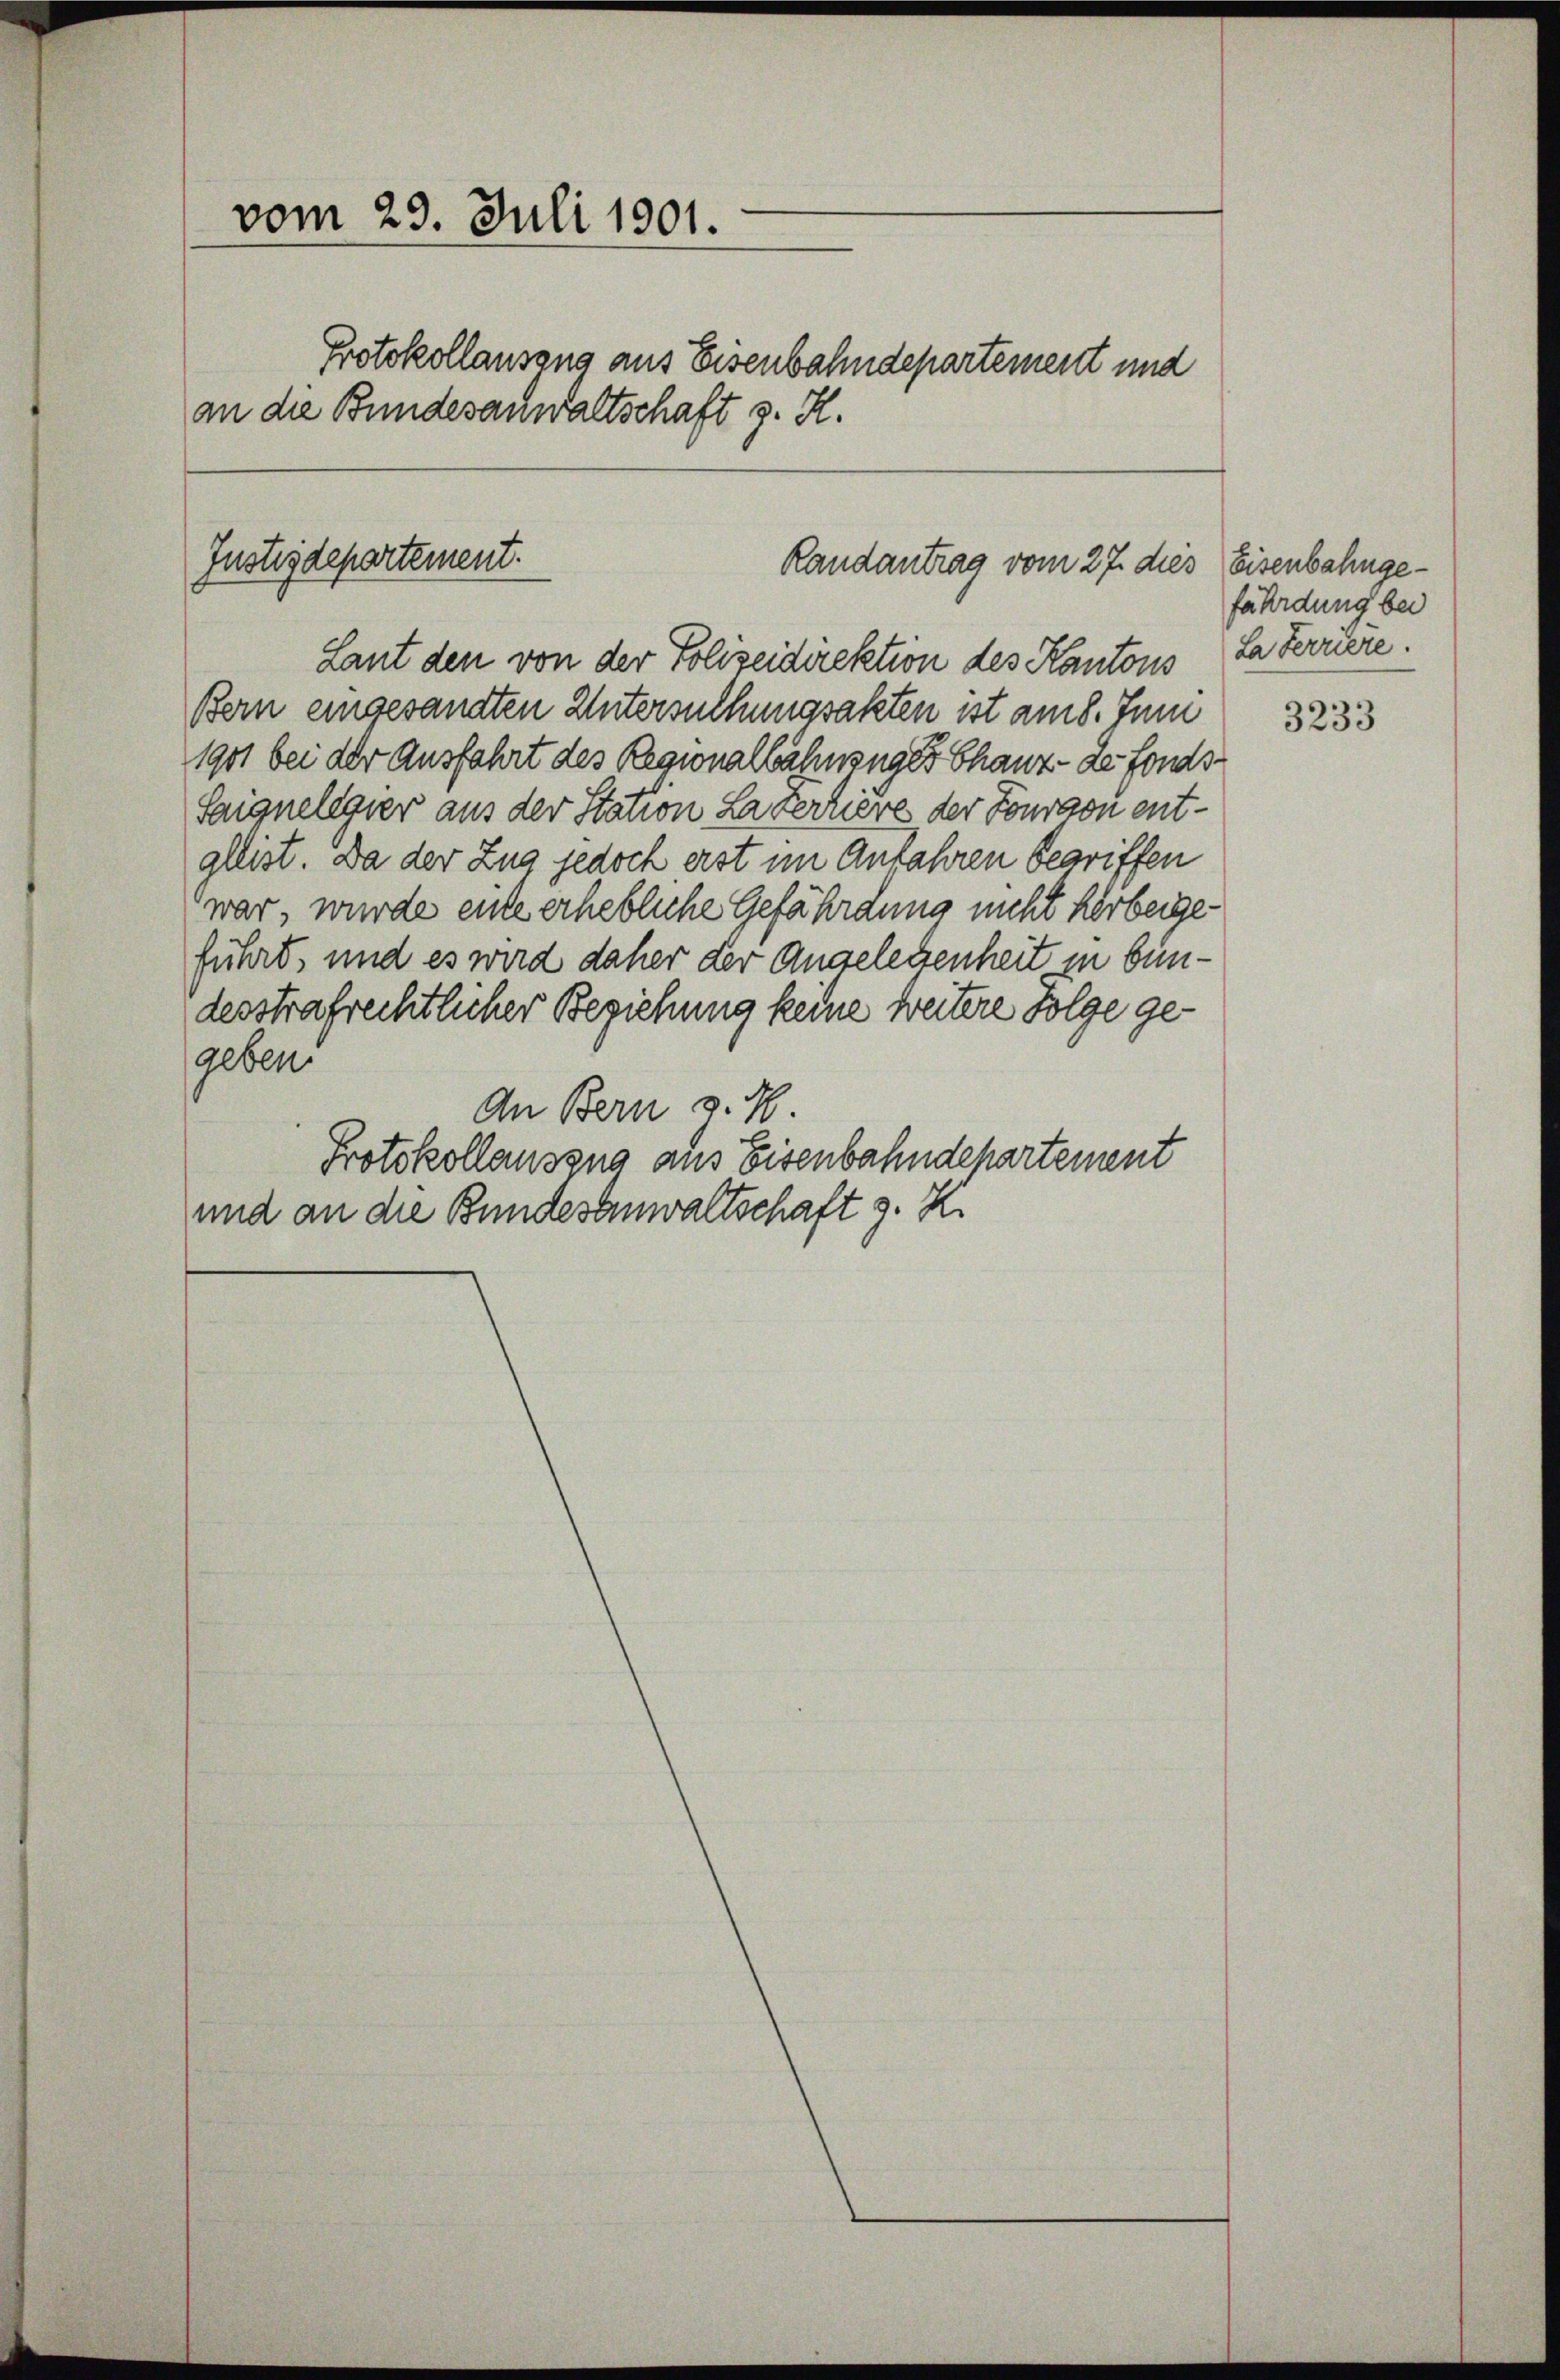
vom 29. Juli 1901.
Protokollausung aus Eisenbahndepartement und
an die Bundesanwaltschaft z. K.

Justizdepartement.
Randantrag vom 27. dies Eisenbahnge¬

Laut den von der Polizeidirektion des Kantons Sa Ferriere.
Bern eingesandten Untersuchungsakten ist am 8. Juni
1901 bei der Ausfahrt des Regionalbahnzuges Chauz- de fonds¬
Saignelegier aus der Station La ferriere der Fourvon entgleist. Da der Zug jedoch erst im Anfahren begriffen
war, wurde einte erhebliche Gefährdung nicht herbeigeführt, und es wird daher der Angelegenheit in bindesstrafrechtlicher Beziehung keine weitere Folge gegeben.
An Bern z. B.
Protokollauszug aus Eisenbahndepartement
und an die Bundesanwaltschaft z. K.

fährdung bei

3233